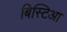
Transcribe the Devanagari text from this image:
बिस्टिआ